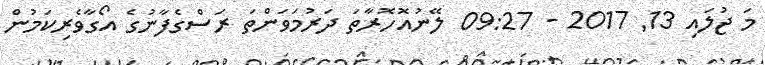
މަ ޖުލައި 13